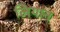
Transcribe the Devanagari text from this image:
लियान